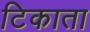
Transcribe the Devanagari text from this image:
टिकाता